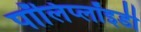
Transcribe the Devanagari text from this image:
पॉलिप्लॉइडी